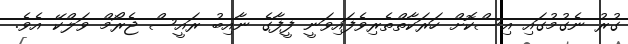
ގުރު ނެގުމުގައި އިސްކޮށް ހަރަކާތްތެރިވެފައިވަނީ ފީފާގެ ނާއިބު ރައީސް ޖެރޯމް ވަލްކޭ އެވެ.